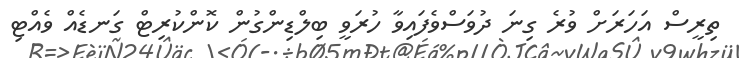
ތިރީސް އަހަރަށް ވުރެ ގިނަ ދުވަސްވެފައިވާ ހުރަވީ ބިލްޑިންގުން ކޮންކުރިޓް ގަނޑެއް ވެއްޓި